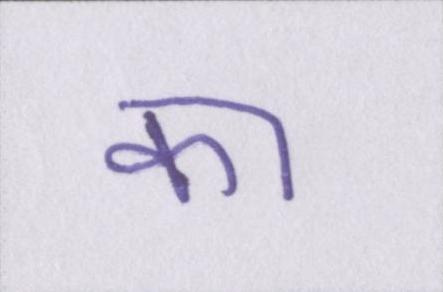
का